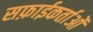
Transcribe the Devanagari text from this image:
सफ़ाईकर्ताओं